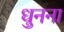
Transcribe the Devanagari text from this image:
धुनना